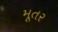
મૂતર